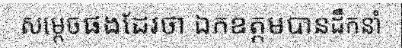
សម្តេចផងដែរថា ឯកឧត្តមបានដឹកនាំ